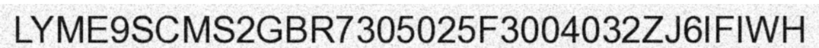
LYME9SCMS2GBR7305025F3004032ZJ6IFIWH